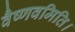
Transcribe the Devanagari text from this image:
वैष्णवमिति।